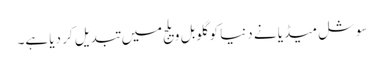
سوشل میڈیا نے دنیا کو گلوبل ویلج میں تبدیل کر دیا ہے۔